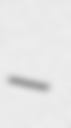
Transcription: –